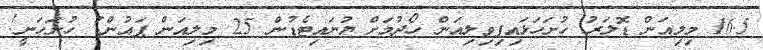
16.5 މިލިއަން ޑޮލަރު ހުށަހަޅައިފިވިލިއަން ހޯދުމަށް ޔުނައިޓެޑުން 25 މިލިއަން ޕައުންޑު ހުށަހަނީ!